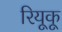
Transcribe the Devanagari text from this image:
रियूकू